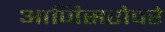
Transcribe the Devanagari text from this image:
आणिसरोवरे